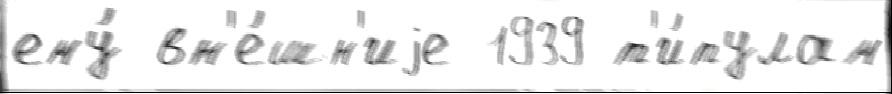
ему́ вн'е́шн'иjе 1939 т'и́тулам